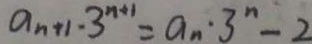
a _ { n + 1 } \cdot 3 ^ { n + 1 } = a _ { n } \cdot 3 ^ { n } - 2